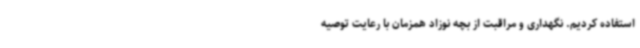
استفاده کردیم. نگهداری و مراقبت از بچه نوزاد همزمان با رعایت توصیه